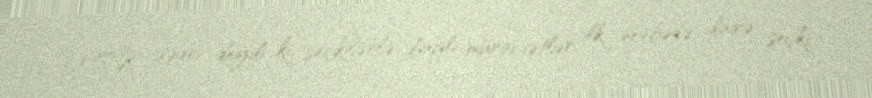
MSK sədri deyib ki, seçkilərlə bağlı müraciətlər, ilk növbədə, dairə seçki